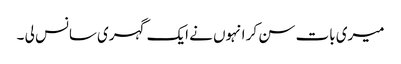
میری بات سن کر انہوں نے ایک گہری سانس لی ۔